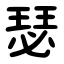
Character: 瑟